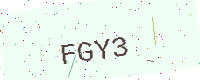
Text: FGY3